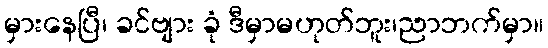
မှားနေပြီ၊ ခင်ဗျား ခုံ ဒီမှာမဟုတ်ဘူး၊ညာဘက်မှာ။